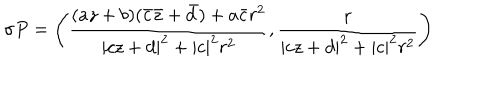
\sigma P = \left( \frac { ( a z + b ) ( \bar { c } \bar { z } + \bar { d } ) + a \bar { c } r ^ { 2 } } { | c z + d | ^ { 2 } + | c | ^ { 2 } r ^ { 2 } } , \frac { r } { | c z + d | ^ { 2 } + | c | ^ { 2 } r ^ { 2 } } \right)